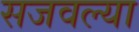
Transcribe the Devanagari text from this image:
सजवल्या